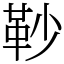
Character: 䩖